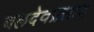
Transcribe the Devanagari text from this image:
बलदेवप्रसाद